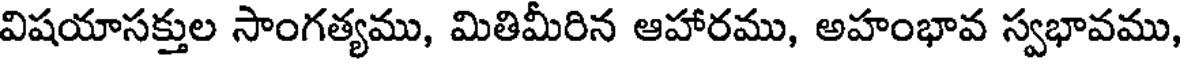
విషయాసక్తుల సాంగత్యము, మితిమీరిన ఆహారము, అహంభావ స్వభావము,